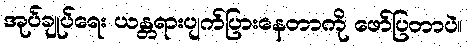
အုပ်ချုပ်ရေး ယန္တရားပျက်ပြားနေတာကို ဖော်ပြတာပဲ။